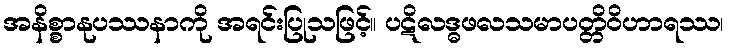
အနိစ္စာနုပဿနာကို အရင်းပြုသဖြင့်။ ပဋိလဒ္ဓဖလသမာပတ္တိဝိဟာရဿ၊